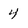
Character: 4